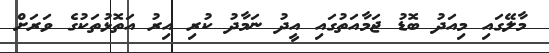
މާލޭގައި މިއަދު ބޮޑު ޖަމާއަތުގައި އީދު ނަމާދު ކުރި އިރު އަތޮޅުތަކުގެ ވަރަށް